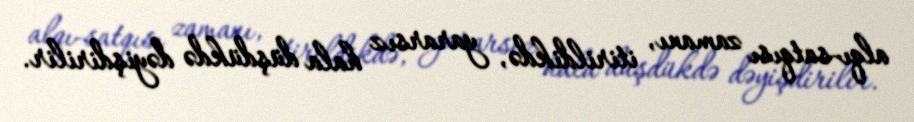
alqı-satqısı zamanı, itirildikdə, yararsız hala düşdükdə dəyişdirilir.